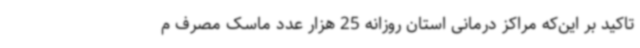
تاکید بر این‌که مراکز درمانی استان روزانه 25 هزار عدد ماسک مصرف م